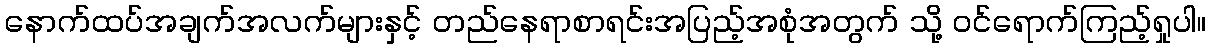
နောက်ထပ်အချက်အလက်များနှင့် တည်နေရာစာရင်းအပြည့်အစုံအတွက် သို့ ဝင်ရောက်ကြည့်ရှုပါ။